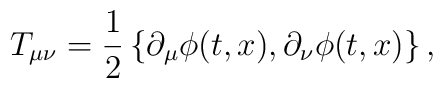
T_{\mu \nu} = {1 \over 2} \left\{ \partial_\mu \phi(t,x),\partial_\nu \phi(t,x) \right\},